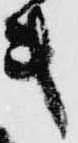
き